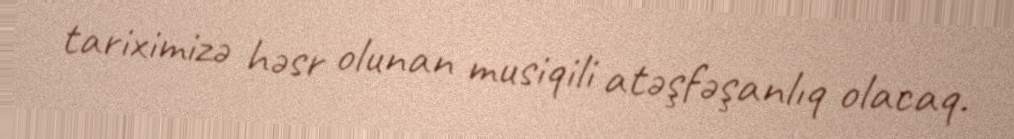
tariximizə həsr olunan musiqili atəşfəşanlıq olacaq.